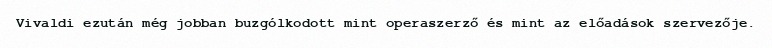
Vivaldi ezután még jobban buzgólkodott mint operaszerző és mint az előadások szervezője.